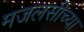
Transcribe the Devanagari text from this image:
मजलसीच्या